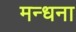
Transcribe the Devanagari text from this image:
मन्धना